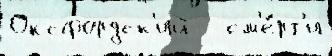
Оксфордск'ий   см'е́рт'и